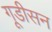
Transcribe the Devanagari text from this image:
गूडीसन